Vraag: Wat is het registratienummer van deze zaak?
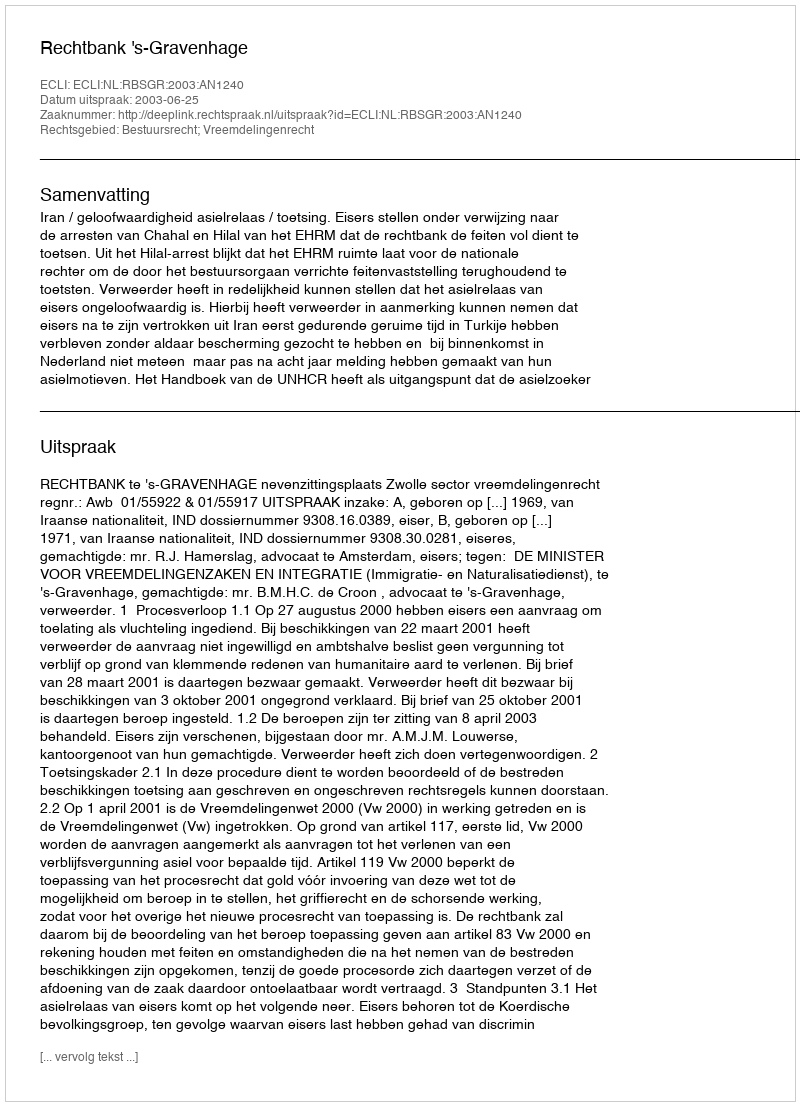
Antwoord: http://deeplink.rechtspraak.nl/uitspraak?id=ECLI:NL:RBSGR:2003:AN1240